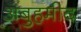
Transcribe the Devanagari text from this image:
अबुहमीद